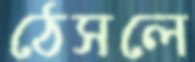
ঠেসলে